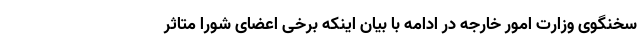
سخنگوی وزارت امور خارجه در ادامه با بیان اینکه برخی اعضای شورا متاثر